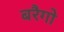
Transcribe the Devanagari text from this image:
बरैगो